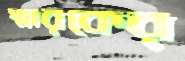
স্মারকের